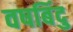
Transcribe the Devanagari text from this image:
वषबिंदु